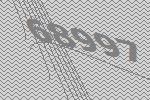
68997